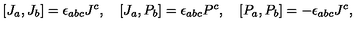
[ J _ { a } , J _ { b } ] = \epsilon _ { a b c } J ^ { c } , \quad [ J _ { a } , P _ { b } ] = \epsilon _ { a b c } P ^ { c } , \quad [ P _ { a } , P _ { b } ] = - \epsilon _ { a b c } J ^ { c } ,